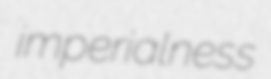
imperialness